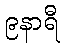
၉နာရီ